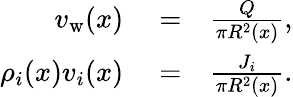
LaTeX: \begin{array}{rlr}{v_{\mathrm{w}}(x)}&{{}=}&{\frac{Q}{\pi R^{2}(x)},}\\ {\rho_{i}(x)v_{i}(x)}&{{}=}&{\frac{J_{i}}{\pi R^{2}(x)}.}\end{array}